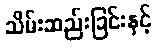
သိမ်းဆည်းခြင်းနှင့်